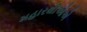
મહારથીઓએ